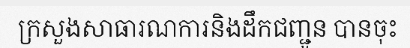
ក្រសួងសាធារណការនិងដឹកជញ្ជូន បានចុះ